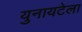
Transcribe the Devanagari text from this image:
युनायटेला